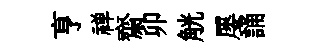
亨禅齋卯觥屡誦